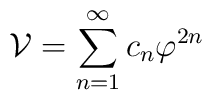
{\cal V}=\sum\limits_{n=1}^{\infty}c_n\varphi^{2n}